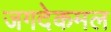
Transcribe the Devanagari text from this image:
जगदेकमल